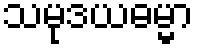
သမုဒယဓမ္မာ